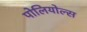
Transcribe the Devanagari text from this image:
पोलियोल्स